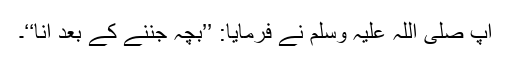
آپ صلی اللہ علیہ وسلم نے فرمایا: ’’بچہ جننے کے بعد آنا‘‘۔